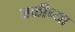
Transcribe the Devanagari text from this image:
जळीच्या